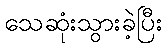
သေဆုံးသွားခဲ့ပြီး